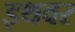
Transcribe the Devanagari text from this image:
इथवर